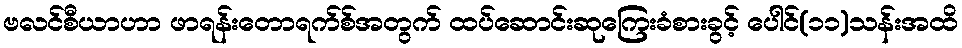
ဗလင်စီယာဟာ ဖာရန်းတောရက်စ်အတွက် ထပ်ဆောင်းဆုကြေးခံစားခွင့် ပေါင်(၁၁)သန်းအထိ